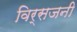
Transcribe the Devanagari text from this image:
विर्सजनी